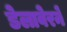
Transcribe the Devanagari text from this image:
डेलावेरने